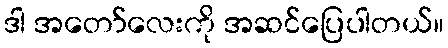
ဒါ အတော်လေးကို အဆင်ပြေပါတယ်။